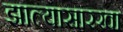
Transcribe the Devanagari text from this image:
झाल्यासारखा